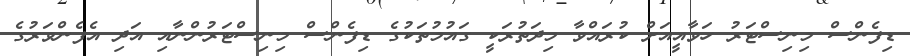
ޑިފެންސް މިނިސްޓަރު ހަވާއީއަށް ކުރައްވާ މިދަތުރަކީ ގައުމުތަކުގެ ޑިފެންސް މިނިސްޓަރުންނާއި އަދި އެފެންވަރުގެ